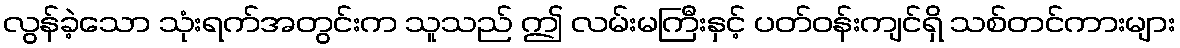
လွန်ခဲ့သော သုံးရက်အတွင်းက သူသည် ဤ လမ်းမကြီးနှင့် ပတ်ဝန်းကျင်ရှိ သစ်တင်ကားများ